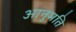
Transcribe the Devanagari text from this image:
आनुमति